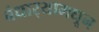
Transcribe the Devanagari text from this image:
बंधार्‍यामधून